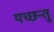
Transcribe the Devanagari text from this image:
यच्छन्तु